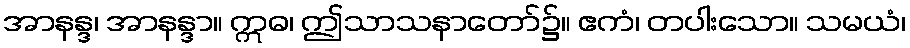
အာနန္ဒ၊ အာနန္ဒာ။ ဣဓ၊ ဤသာသနာတော်၌။ ဧကံ၊ တပါးသော။ သမယံ၊